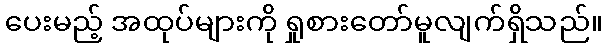
ပေးမည့် အထုပ်များကို ရှုစားတော်မူလျက်ရှိသည်။